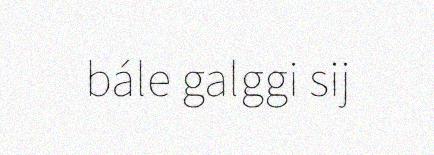
bále galggi sij